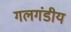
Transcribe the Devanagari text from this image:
गलगंडीय